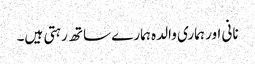
نانی اور ہماری والدہ ہمارے ساتھ رہتی ہیں۔